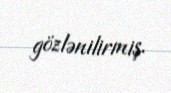
gözlənilirmiş.